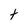
Character: t